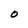
Character: O